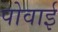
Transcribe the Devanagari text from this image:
पोवाई